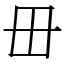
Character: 毌